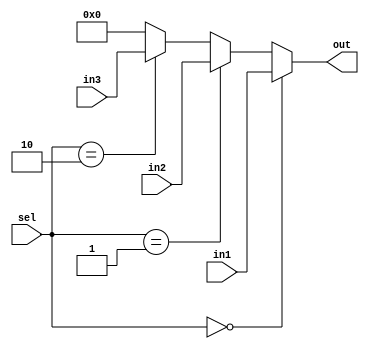
module mux3(sel,in1,in2,in3,out);

input [1:0] sel;
input [31:0] in1;
input [31:0] in2;
input [31:0] in3;


output [31:0] out;

assign out = (sel==0)? in1: (sel==1)? in2 : (sel==2)? in3 :0 ;

endmodule